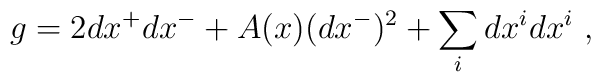
g = 2 dx^+ dx^- + A(x) (dx^-)^2 + \sum_i dx^i dx^i~,